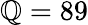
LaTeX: \mathbb{Q}=89